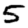
Digit: 5